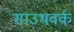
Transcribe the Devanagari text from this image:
साउथवर्क